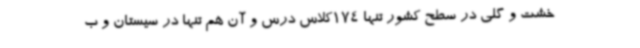
خشت و گلی در سطح کشور تنها 174کلاس درس و آن هم تنها در سیستان و ب